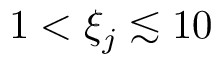
1 < \xi _ { j } \lesssim 1 0